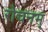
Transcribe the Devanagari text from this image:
रोचनम्